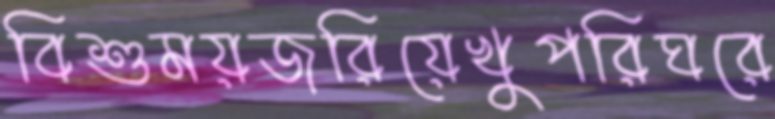
বিশুময়জরিয়েখুপরিঘরে